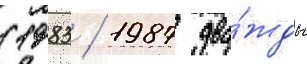
(1983 / 1987 два́жды